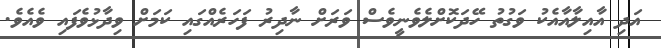
އަދި އާއިލާއާއެކު ވަގުތު ހޭދަކޮށްލެވެނީވެސް ވަރަށް ނާދިރު ފަހަރެއްގައި ކަމަށް ވިދާޅުވެފައި ވެއެވެ.